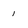
Character: 1